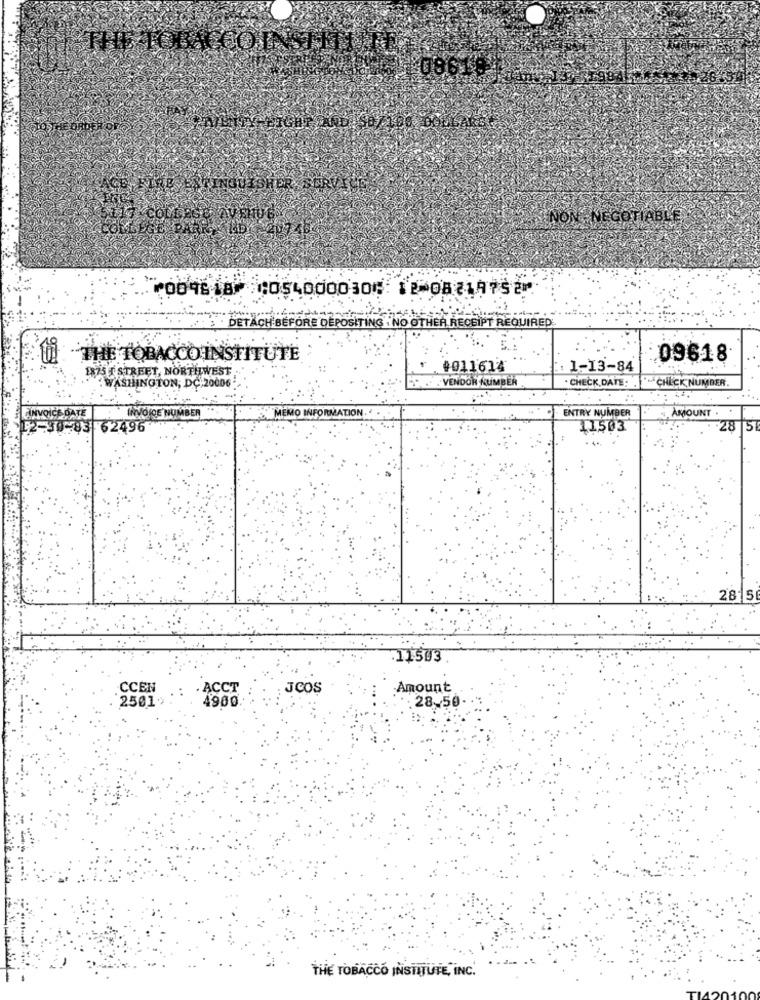
THE TOBACCO
¥08619
NO
NEGOTIABLE,
⑈009618⑈ ⑆054000030⑆ 12⑉08219752⑈
DETACH BEFORE DEPOSITING . NO OTHER RECEIPT REQUIRED
U THE TOBACCO INSTITUTE
09618
1875 I STREET, NORTHWEST
0011614
1-13-84
.VENDOR NUMBER
CHECK DATE:
-CHECK NUMBER.
WASHINGTON, DC.20006
...
CE DATE
ENTRY NUMBER
INVOICE NUMBER
MEMO INFORMATION. ...
AMOUNT .
62496
11503
28 5
2815
.11503
CCEN
· ACCT
JCOS
Amount
2501
4900.
: 28-50
THE TOBACCO INSTITUTE, INC.
. ..